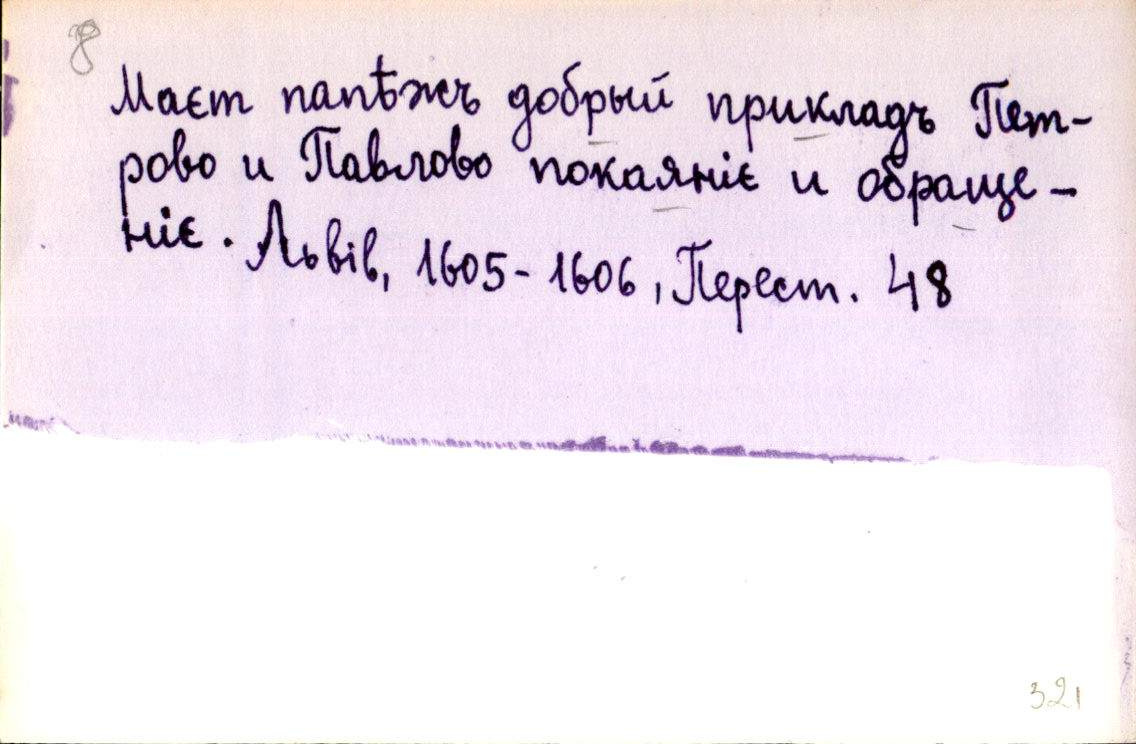
Маєт папѣжъ добрый прикладъ Пет-
рово и Павлово покаяніє и обраще-
ніє. 
Львів, 1605-1606, Перест. 48